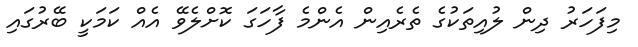
މިފަހަރު ދިން ލުއިތަކުގެ ތެރެއިން އެންމެ ފާހަގަ ކޮށްލެވޭ އެއް ކަމަކީ ބޭރުގައި